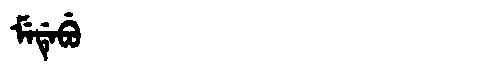
Manchu: ᠮᡝᡩᡝᠪᡠ
Romanization: MEDEBU